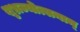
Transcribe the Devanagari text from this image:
शुभ्रज्योत्सनाम्